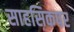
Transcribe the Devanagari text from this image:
साहसिकपर